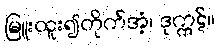
မြူးထူး၍တိုက်အံ့၊ ဒုက္ကဋ်။